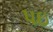
પઇ